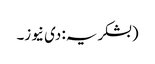
(بشکریہ: دی نیوز۔